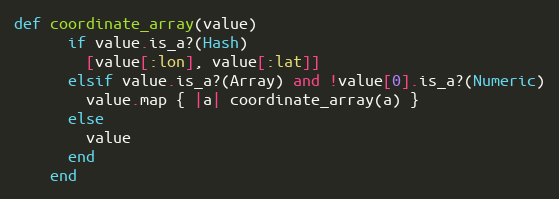
Language: Ruby
def coordinate_array(value)
      if value.is_a?(Hash)
        [value[:lon], value[:lat]]
      elsif value.is_a?(Array) and !value[0].is_a?(Numeric)
        value.map { |a| coordinate_array(a) }
      else
        value
      end
    end